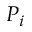
P _ { i }